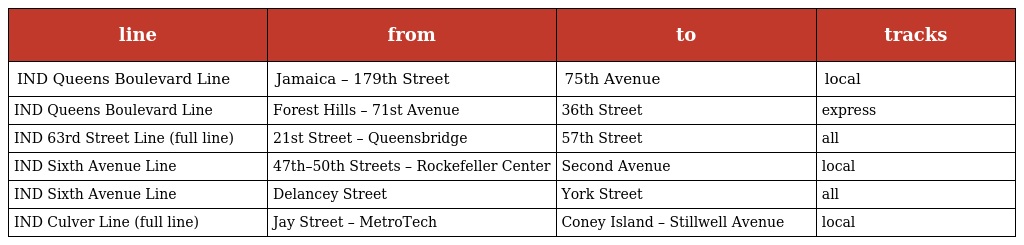
| line | from | to | tracks |
 | --- | --- | --- | --- |
 | IND Queens Boulevard Line | Jamaica – 179th Street | 75th Avenue | local |
 | IND Queens Boulevard Line | Forest Hills – 71st Avenue | 36th Street | express |
 | IND 63rd Street Line (full line) | 21st Street – Queensbridge | 57th Street | all |
 | IND Sixth Avenue Line | 47th–50th Streets – Rockefeller Center | Second Avenue | local |
 | IND Sixth Avenue Line | Delancey Street | York Street | all |
 | IND Culver Line (full line) | Jay Street – MetroTech | Coney Island – Stillwell Avenue | local |